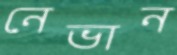
নেভান